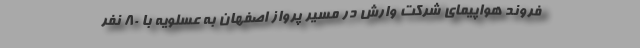
فروند هواپیمای شرکت وارش در مسیر پرواز اصفهان به عسلویه با ۸۰ نفر